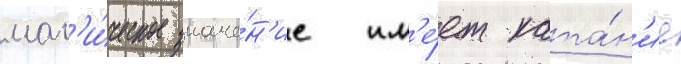
маг'и́ческое значе́н'ие им'е́ет ката́н'ие